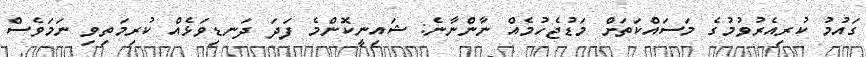
ގައުމު ކުރިއެރުވުމުގެ މަސައްކަތަށް މަޑުޖެހުމެއް ނާންނާނެ: ޝައިނީކޮންމެ ފަދަ ދަނޑިވަޅެއް ކުރިމަތިވި ނަމަވެސް